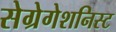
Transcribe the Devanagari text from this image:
सेग्रेगेशनिस्ट